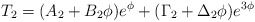
\begin{align*}T_2=(A_2+ B_2 \phi)e^\phi +(\Gamma_2 +\Delta_2 \phi)e^{3\phi} \end{align*}